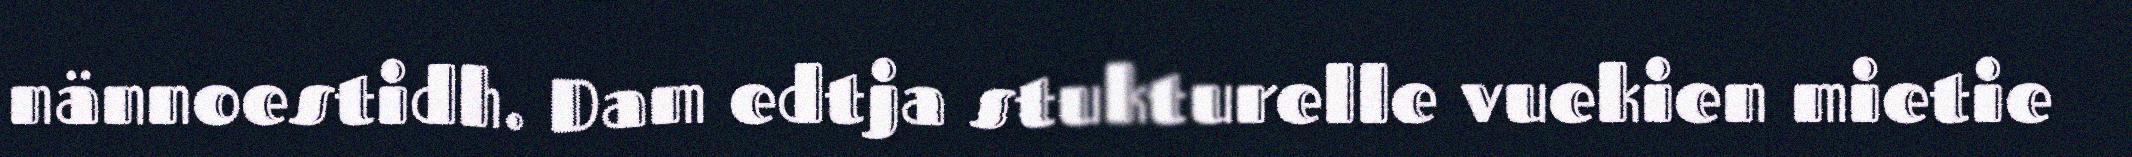
nännoestidh. Dam edtja stukturelle vuekien mietie